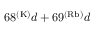
6 8 ^ { ( \mathrm { K ) } } d + 6 9 ^ { ( \mathrm { R b ) } } d